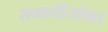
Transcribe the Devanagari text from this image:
समाधीसोबत